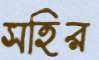
সহির